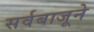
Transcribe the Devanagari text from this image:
सर्वबाजूने